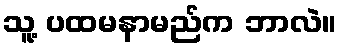
သူ့ ပထမနာမည်က ဘာလဲ။